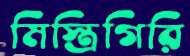
মিস্ত্রিগিরি